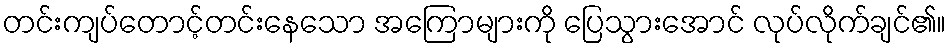
တင်းကျပ်တောင့်တင်းနေသော အကြောများကို ပြေသွားအောင် လုပ်လိုက်ချင်၏။